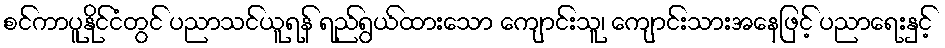
စင်ကာပူနိုင်ငံတွင် ပညာသင်ယူရန် ရည်ရွယ်ထားသော ကျောင်းသူ၊ ကျောင်းသားအနေဖြင့် ပညာရေးနှင့်